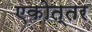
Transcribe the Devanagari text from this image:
एकोत्तर